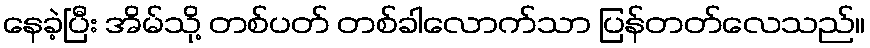
နေခဲ့ပြီး အိမ်သို့ တစ်ပတ် တစ်ခါလောက်သာ ပြန်တတ်လေသည်။